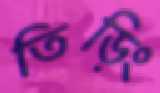
তিড়িং